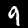
Label: 9